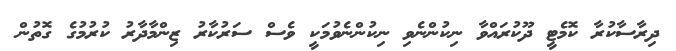
ދިރާސާކުރާ ކޮމެޓީ ދޫކުރައްވާ ނިކުންނެވި ނިކުންނެވުމަކީ ވެސް ސަރުކާރު ޒިންމާދާރު ކުރުމުގެ ގޮތުން